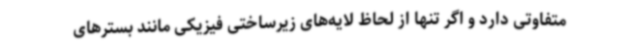
متفاوتی دارد و اگر تنها از لحاظ لایه‌های زیرساختی فیزیکی مانند بسترهای